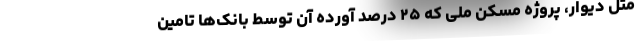
مثل دیوار، پروژه مسکن ملی که ۲۵ درصد آورده آن توسط بانک‌ها تامین